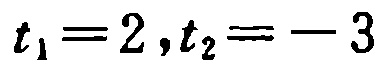
\(t_1 = 2,t_2 = - 3\)